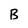
Character: B